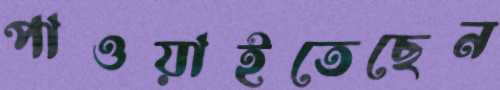
পাওয়াইতেছেন